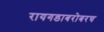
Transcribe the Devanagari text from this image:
रायगडाबरोबरच